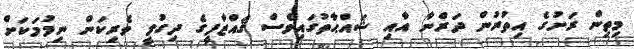
މިތިން ރަށުގެ އިތުރުން ދަރްނާ އާއި ޝައްޙާތުގައިވެސް ޤައްޒާފީގެ ދިގުލީ ވެރިކަން ނިމުމަކަށް